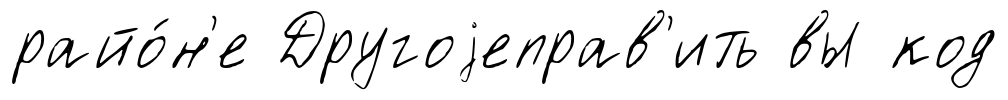
райо́н'е Другоjеправ'ить вы код